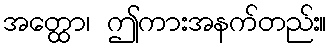
အတ္ထော၊ ဤကားအနက်တည်း။